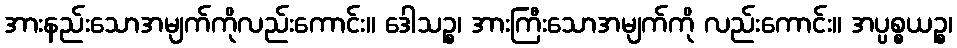
အားနည်းသောအမျက်ကိုလည်းကောင်း။ ဒေါသဉ္စ၊ အားကြီးသောအမျက်ကို လည်းကောင်း။ အပ္ပစ္စယဉ္စ၊